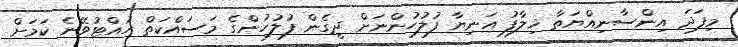
މިފަދަ އިންސާނިއްޔަތާ ޚިލާފު އަނިޔާ ފުލުހުންނަށް ދީގެން ފުލުހުންގެ މަސައްކަތް ހުއްޓުވޭނެ ކަމަށް